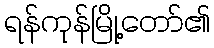
ရန်ကုန်မြို့တော်၏